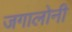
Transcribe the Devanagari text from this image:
जगालोनी